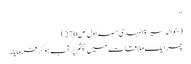
‘‘
(بحوالہ سیرۃ المہدی حصہ اول ص270)
پھر ایک ملاقات میں چشم پُر آب ہو کر فرمایا۔